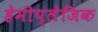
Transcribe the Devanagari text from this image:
हेमीप्लेजिक